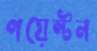
পয়েন্টন